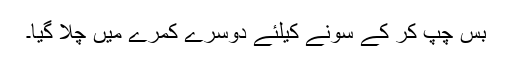
بس چپ کر کے سونے کیلئے دوسرے کمرے میں چلا گیا۔